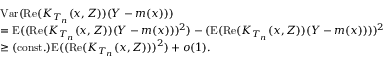
\begin{array} { r l } & { \mathrm { V a r } ( \mathrm { R e } ( K _ { T _ { n } } ( x , Z ) ) ( Y - m ( x ) ) ) } \\ & { = \mathrm { E } ( ( \mathrm { R e } ( K _ { T _ { n } } ( x , Z ) ) ( Y - m ( x ) ) ) ^ { 2 } ) - ( \mathrm { E } ( \mathrm { R e } ( K _ { T _ { n } } ( x , Z ) ) ( Y - m ( x ) ) ) ) ^ { 2 } } \\ & { \geq \mathrm { ( c o n s t . ) } \mathrm { E } ( ( \mathrm { R e } ( K _ { T _ { n } } ( x , Z ) ) ) ^ { 2 } ) + o ( 1 ) . } \end{array}